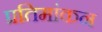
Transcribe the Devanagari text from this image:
प्रतिमांकन